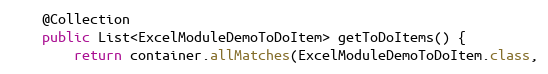
Language: Java
    @Collection
    public List<ExcelModuleDemoToDoItem> getToDoItems() {
        return container.allMatches(ExcelModuleDemoToDoItem.class,